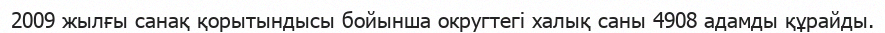
2009 жылғы санақ қорытындысы бойынша округтегі халық саны 4908 адамды құрайды.